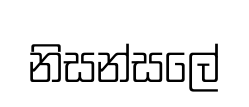
නිසන්සලේ